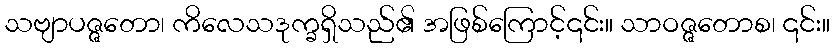
သဗျာပဇ္ဇတော၊ ကိလေသဒုက္ခရှိသည်၏ အဖြစ်ကြောင့်၎င်း။ သာဝဇ္ဇတောစ၊ ၎င်း။